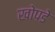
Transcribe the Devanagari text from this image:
खोपडे